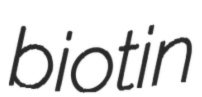
biotin